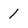
Character: 1